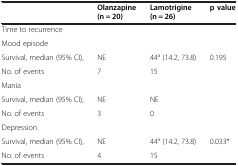
|  | Olanzapine (n = 20) | Lamotrigine (n = 26) | p value |
 | --- | --- | --- | --- |
 | Time to recurrence |  |  |  |
 | Mood episode |  |  |  |
 | Survival, median (95% CI), | NE | 44a (14.2, 73.8) | <ROWSPAN=2> 0.195 |
 | No. of events | 7 | 15 |
 | Mania |  |  |  |
 | Survival, median (95% CI), | NE | NE | <ROWSPAN=2>  |
 | No. of events | 3 | 0 |
 | Depression |  |  |  |
 | Survival, median (95% CI), | NE | 44a (14.2, 73.8) | <ROWSPAN=2> 0.033* |
 | No. of events | 4 | 15 |